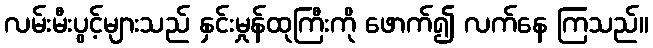
လမ်းမီးပွင့်များသည် နှင်းမှုန်ထုကြီးကို ဖောက်၍ လက်နေ ကြသည်။